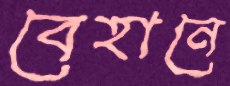
বেহানে